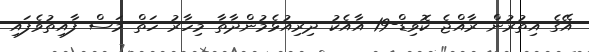
އޭގެ އިތުރުން ރާއްޖެ ކޮވިޑް-19 އާއެކު ދިރިއުޅެމުންދާތާ މިހާރު ހަތް މަސް ފާއިތުވެފައި